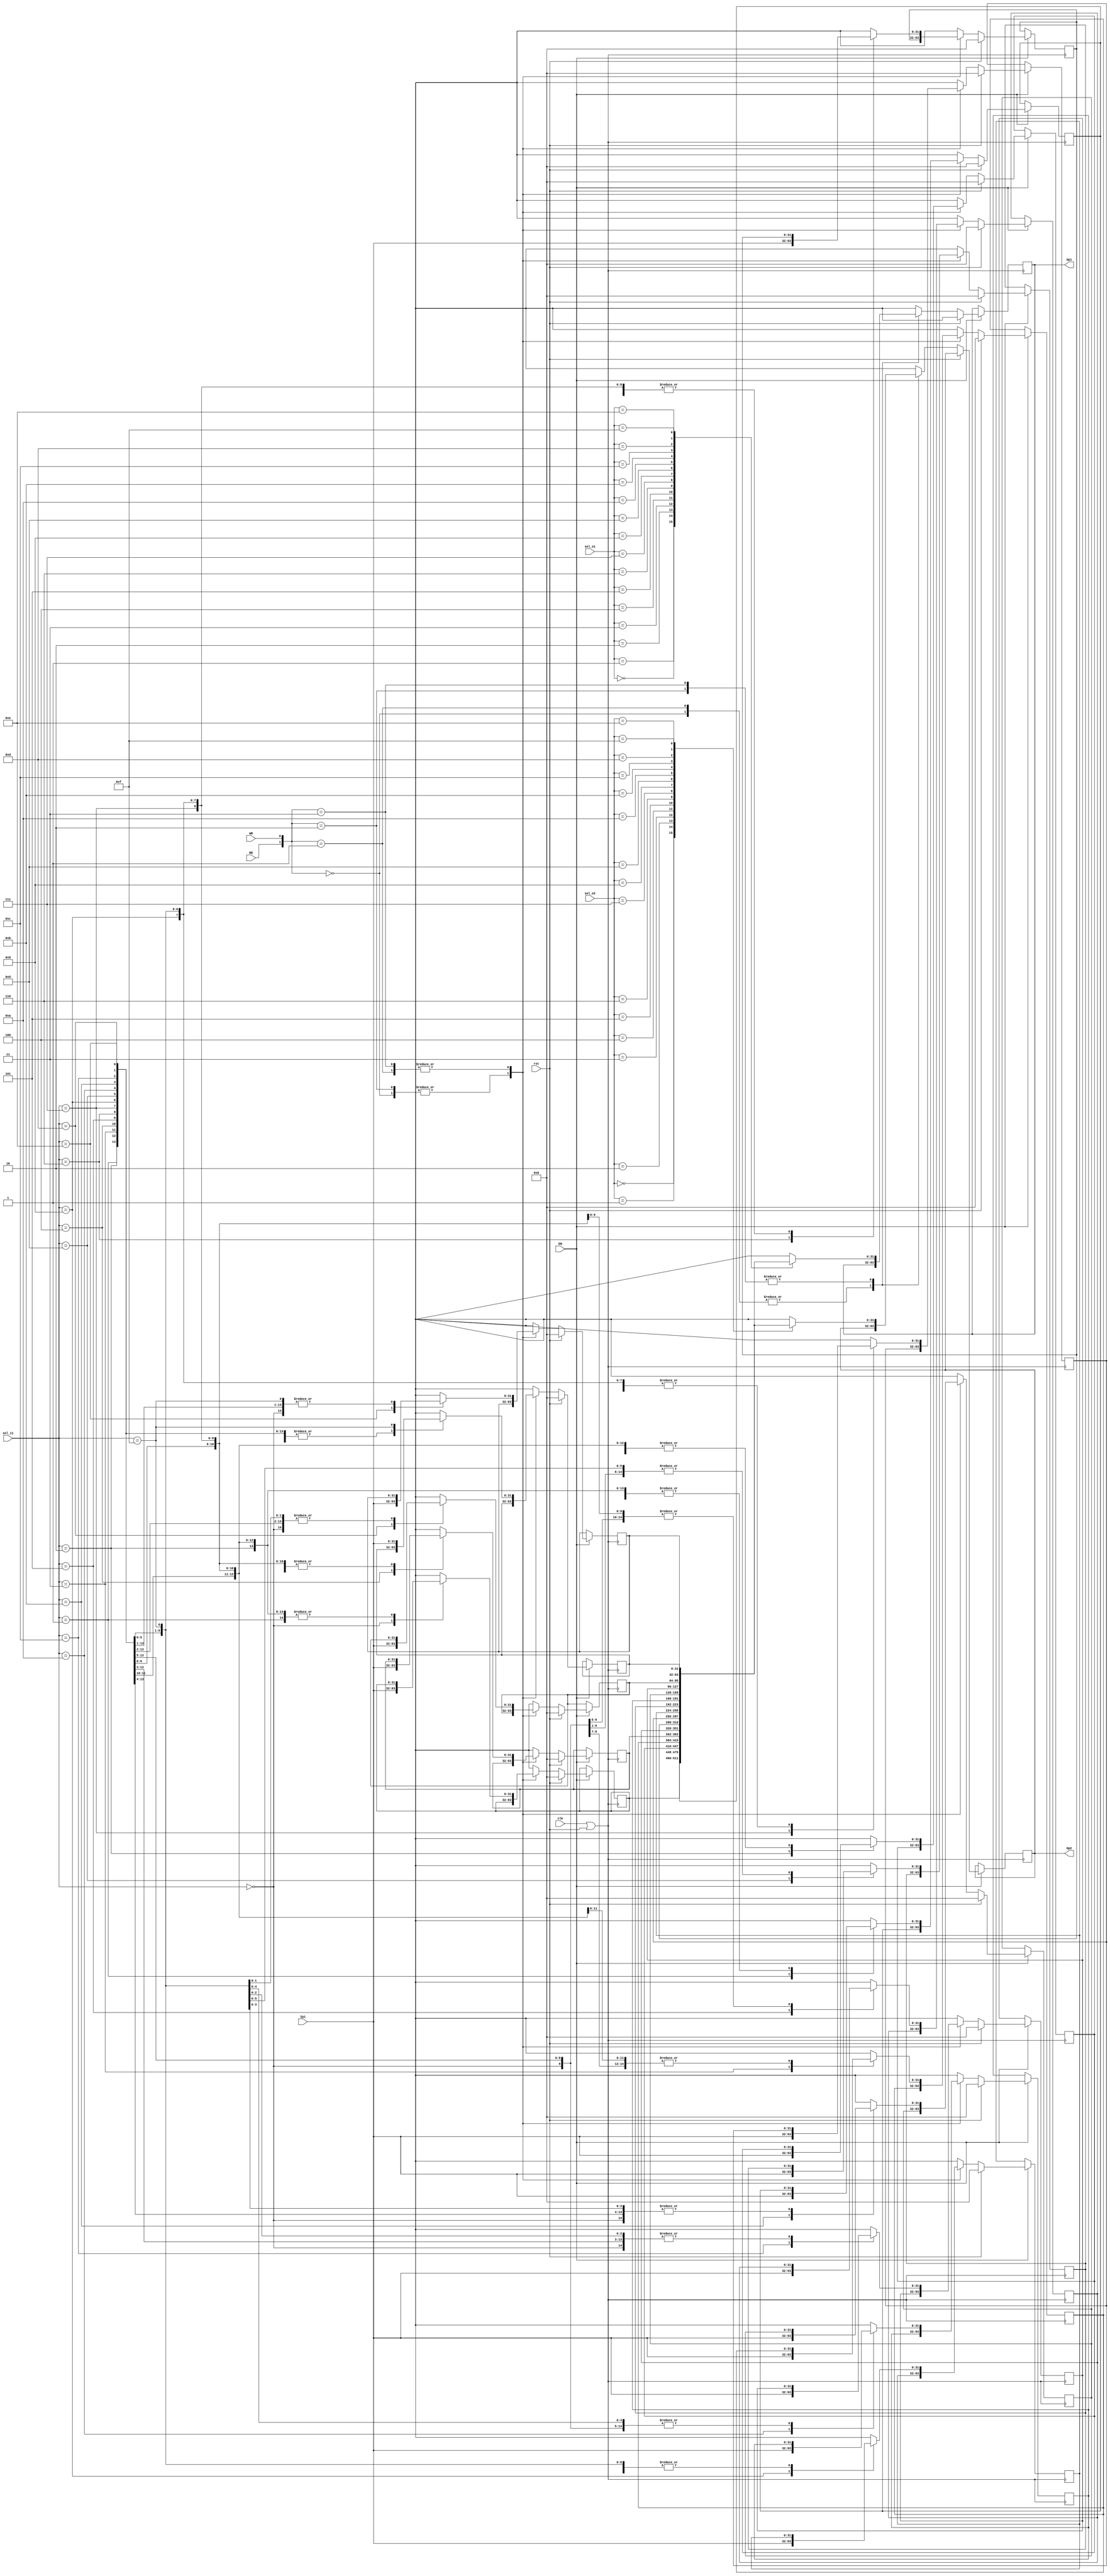
module regFile(
  Ip1,
  sel_i1,
  Op1,
  sel_o1,
  Op2,
  sel_o2,
  RD,
  WR,
  rst,
  EN,
  clk
);      

  input [31:0] Ip1;
  input [3:0] sel_i1, sel_o1, sel_o2;
  input RD, WR;
  input EN, clk, rst; 
  output [31:0] Op1, Op2; 
  reg [31:0] Op1, Op2;       
  reg [31:0] regFile [0:15]; 
  integer i; 
  wire sen;
  assign sen = clk || rst; 

  always @(posedge sen)
    begin 
      if(EN == 1) 
        begin 
          if(rst == 1) // If at reset 
            begin 
              for(i = 0; i < 16; i = i + 1) 
                begin
                  regFile [i] = 32'h0; 
                end 
              Op1 = 32'hx; 
            end 
          else if(rst == 0) // If not at reset 
            begin
              case ({RD,WR}) 
                2'b00: begin 
                end 
                2'b01: begin // If Write only 
                  regFile [sel_i1] = Ip1; 
                end
                2'b10: begin // If Read only 
                  Op1 = regFile [sel_o1];
                  Op2 = regFile [sel_o2];
                end 
                2'b11:  begin // If both active 
                  Op1 = regFile [sel_o1]; 
                  Op2 = regFile [sel_o2]; 
                  regFile [sel_i1] = Ip1; 
                end 
                default: begin // If undefined 
                end 
              endcase 
            end 
          else; 
        end 
      else; 
    end 
endmodule